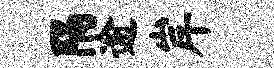
隔逾岸